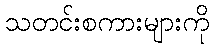
သတင်းစကားများကို